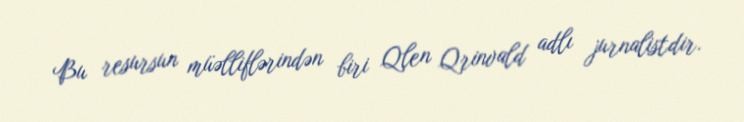
Bu resursun müəlliflərindən biri Qlen Qrinvald adlı jurnalistdir.